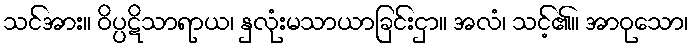
သင်အား။ ဝိပ္ပဋိသာရာယ၊ နှလုံးမသာယာခြင်းငှာ။ အလံ၊ သင့်၏။ အာဝုသော၊